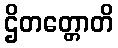
ဌိတတ္တောတိ